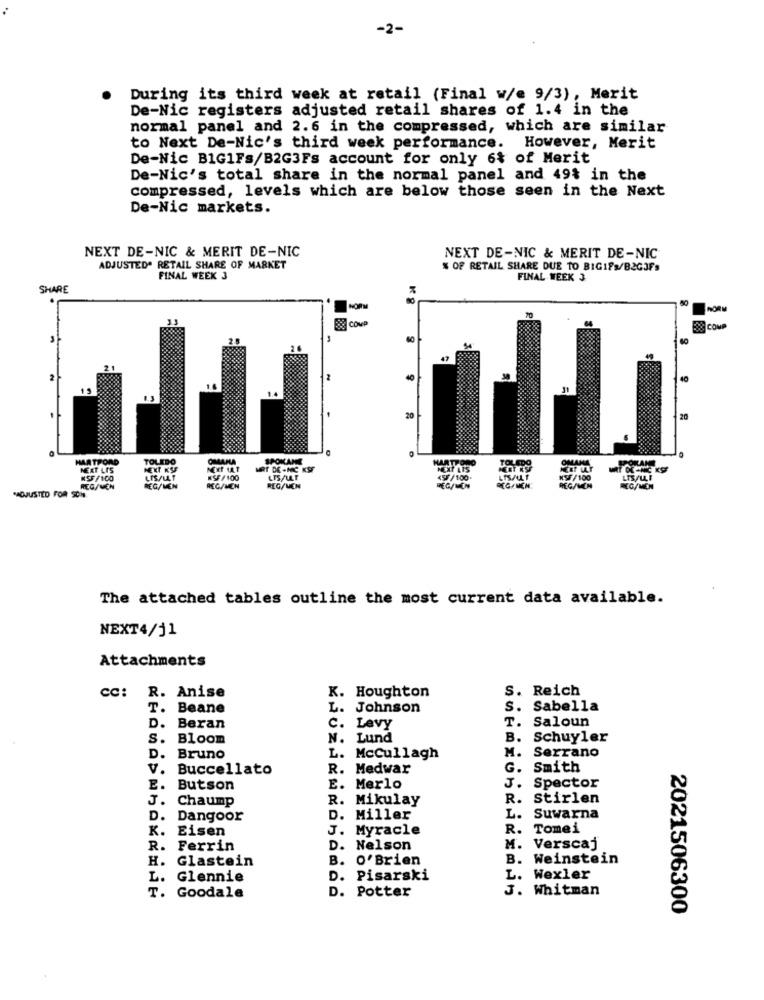
-2-
During its third week at retail (Final w/e 9/3), Merit
De-Nic registers adjusted retail shares of 1.4 in the
normal panel and 2.6 in the compressed, which are similar
to Next De-Nic's third week performance. However, Merit
De-Nic B1G1Fs/B2G3Fs account for only 6% of Merit
De-Nic's total share in the normal panel and 49$ in the
compressed, levels which are below those seen in the Next
De-Nic markets.
NEXT DE-NIC & MERIT DE-NIC
NEXT DE-NIC & MERIT DE-NIC
ADJUSTED' RETAIL SHARE OF MARKET
% OF RETAIL SHARE DUE TO BIGIFS/B2GIFS
FINAL WEEK 3
FINAL WEEK 3
SHARE
NORM
FORM
COMP
28 COMP
40
AT
2
40
20
HARTFORD
TOLEDO
OMAHA
Tus
NEXT KSF
MART DE-NIC KS
LIS /
LISALLT
REG/MEN
REG/MEN
REGAMEN
REG/MEN
MACJUSTED FOR SCH.
The attached tables outline the most current data available.
NEXT4/j1
Attachments
cc: R. Anise
S. Reich
K. Houghton
T. Beane
L. Johnson
S. Sabella
T.
Saloun
D. Beran
C. Levy
S. Bloom
N. Lund
B. Schuyler
M.
Serrano
D.
Bruno
L. McCullagh
V. Buccellato
R. Medwar
G.
Smith
Spector
E. Butson
E. Merlo
J.
J. Chaump
R. Mikulay
R.
Stirlen
D. Dangoor
D. Miller
L.
Suwarna
. Eisen
J. Myracle
R.
Tomei
R.
Ferrin
D. Nelson
M. Verscaj
H.
Glastein
B. O'Brien
B. Weinstein
L.
Glennie
D. Pisarski
L. Wexler
T.
D. Potter
J. Whitman
Goodale
2021506300